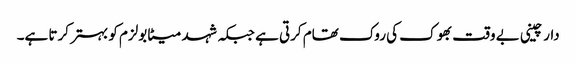
دار چینی بے وقت بھوک کی روک تھام کرتی ہے جبکہ شہد میٹابولزم کو بہتر کرتا ہے۔